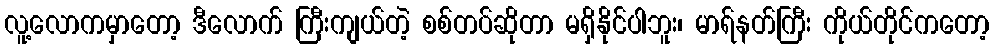
လူ့လောကမှာတော့ ဒီလောက် ကြီးကျယ်တဲ့ စစ်တပ်ဆိုတာ မရှိနိုင်ပါဘူး၊ မာရ်နတ်ကြီး ကိုယ်တိုင်ကတော့